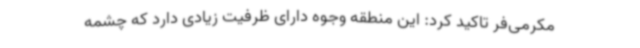
مکرمی‌فر تاکید کرد: این منطقه وجوه دارای ظرفیت زیادی دارد که چشمه